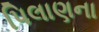
પિલાણના